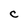
Character: C